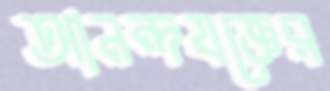
আনন্দযজ্ঞের